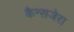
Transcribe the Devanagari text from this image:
कैन्सजेरा